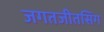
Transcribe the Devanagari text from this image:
जगतजीतसिंग